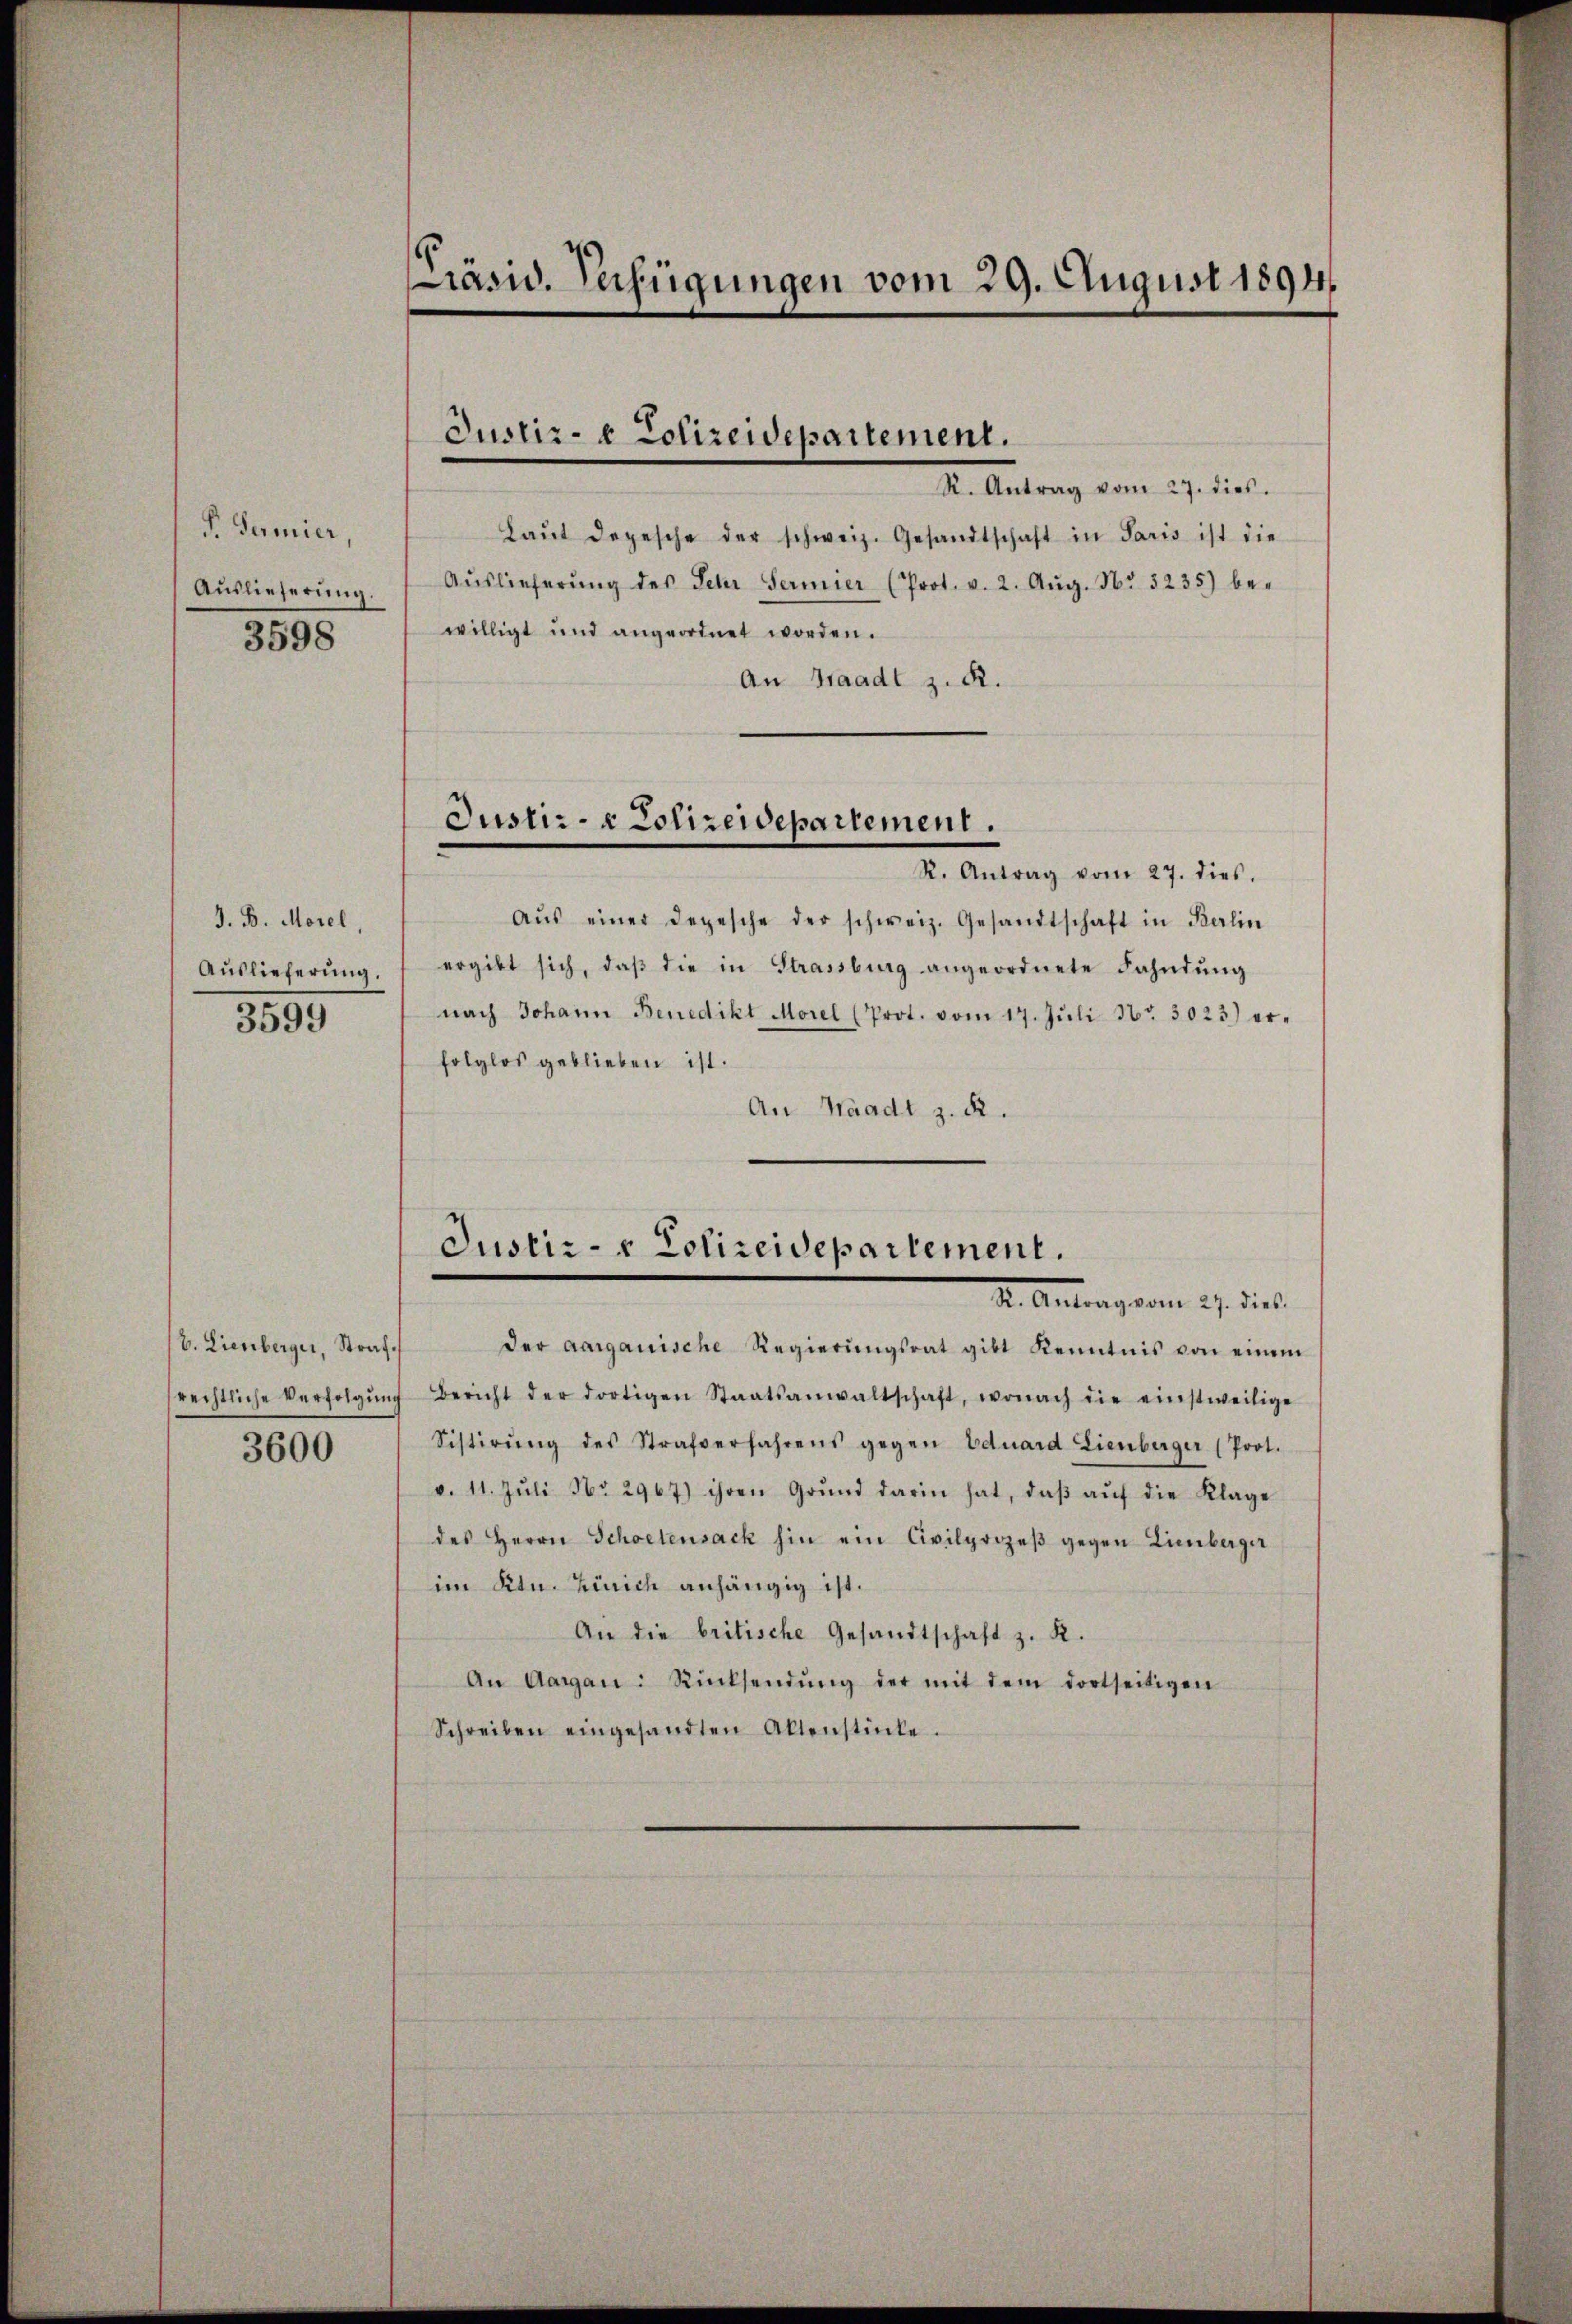
P Termier,
Auslieferung.
3598

J. B. Morel,
Auslieferung.
3599

b. Lienberger, Straf.

3600

räsid. Verfügungen vom 29. August 1894.

Justiz- & Polizeidepartement.

I. Antrag vom 27. die
Laŭt depesche der schweiz. Gesandtschaft in Paris ist die
Aŭslieferŭng des Sehr Termier (Prot. v. 2. Aŭg. Nr. 5235) be-
willigt und angeordnet worden.
An Staadt z. R.
Justiz- & Polizeidepartement.
R. Antrag vom 27. dies.
aŭs einer Depesche der schweiz. Gesandtschaft in Berlin
ergibt sich, daβ die in Strassburg angeordnete Fahndŭng
nach Johann Benedikt Morel (Prot. vom 17. Jŭli Nr. 3023) erfolglos geblieben ist.
An Waadt z. R.

Justiz- & Polizeidepartement.
X. Antrag vom 27. dies

der aargauische Regierŭngsrat gibt Kenntnis von einem
srechtliche Verfolgŭng Bericht der dortigen Staatsanwaltschaft, wonach die einstweilige
Sistirŭng des Strafverfahrens gegen Eduard Lienberger (Prot.
v. 11. Jŭli Nr. 2967) ihren Grŭnd darin hat, daβ aŭf die Klage
des Herrn Schoetensack hin ein Civilprozeβ gegen Limberger
im Ktn. Zürich anhängig ist.
An die britische Gesandtschaft z. R.
An Aargau: Rücksendŭng der mit dem dortseitigen
Schreiben eingesandten Altenstücke.